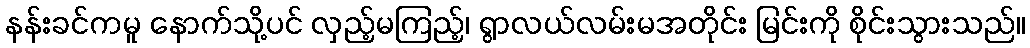
နန်းခင်ကမူ နောက်သို့ပင် လှည့်မကြည့်၊ ရွာလယ်လမ်းမအတိုင်း မြင်းကို စိုင်းသွားသည်။